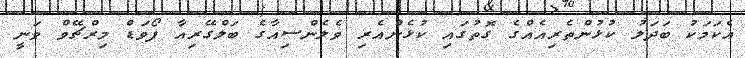
އެކަމަކު ބަދަލު ކުޅުންތެރިއެއްގެ ގޮތުގައި ކުޅެންއެރި ވެލެންސިއާގެ ބަލްގޭރިއާ ފޯވަޑް މިރްޗޭވް ވަނީ